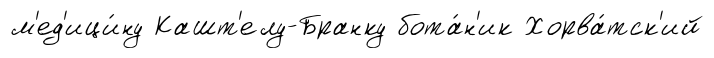
м'ед'ици́ну Кашт'елу-Бранку бота́н'ик Хорва́тск'ий